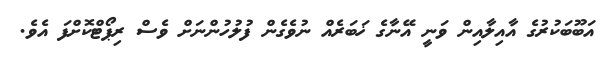
އަބޫބަކުރުގެ އާއިލާއިން ވަނީ އޭނާގެ ޚަބަރެއް ނުވެގެން ފުލުހުންނަށް ވެސް ރިޕޯޓްކޮށްފަ އެވެ.